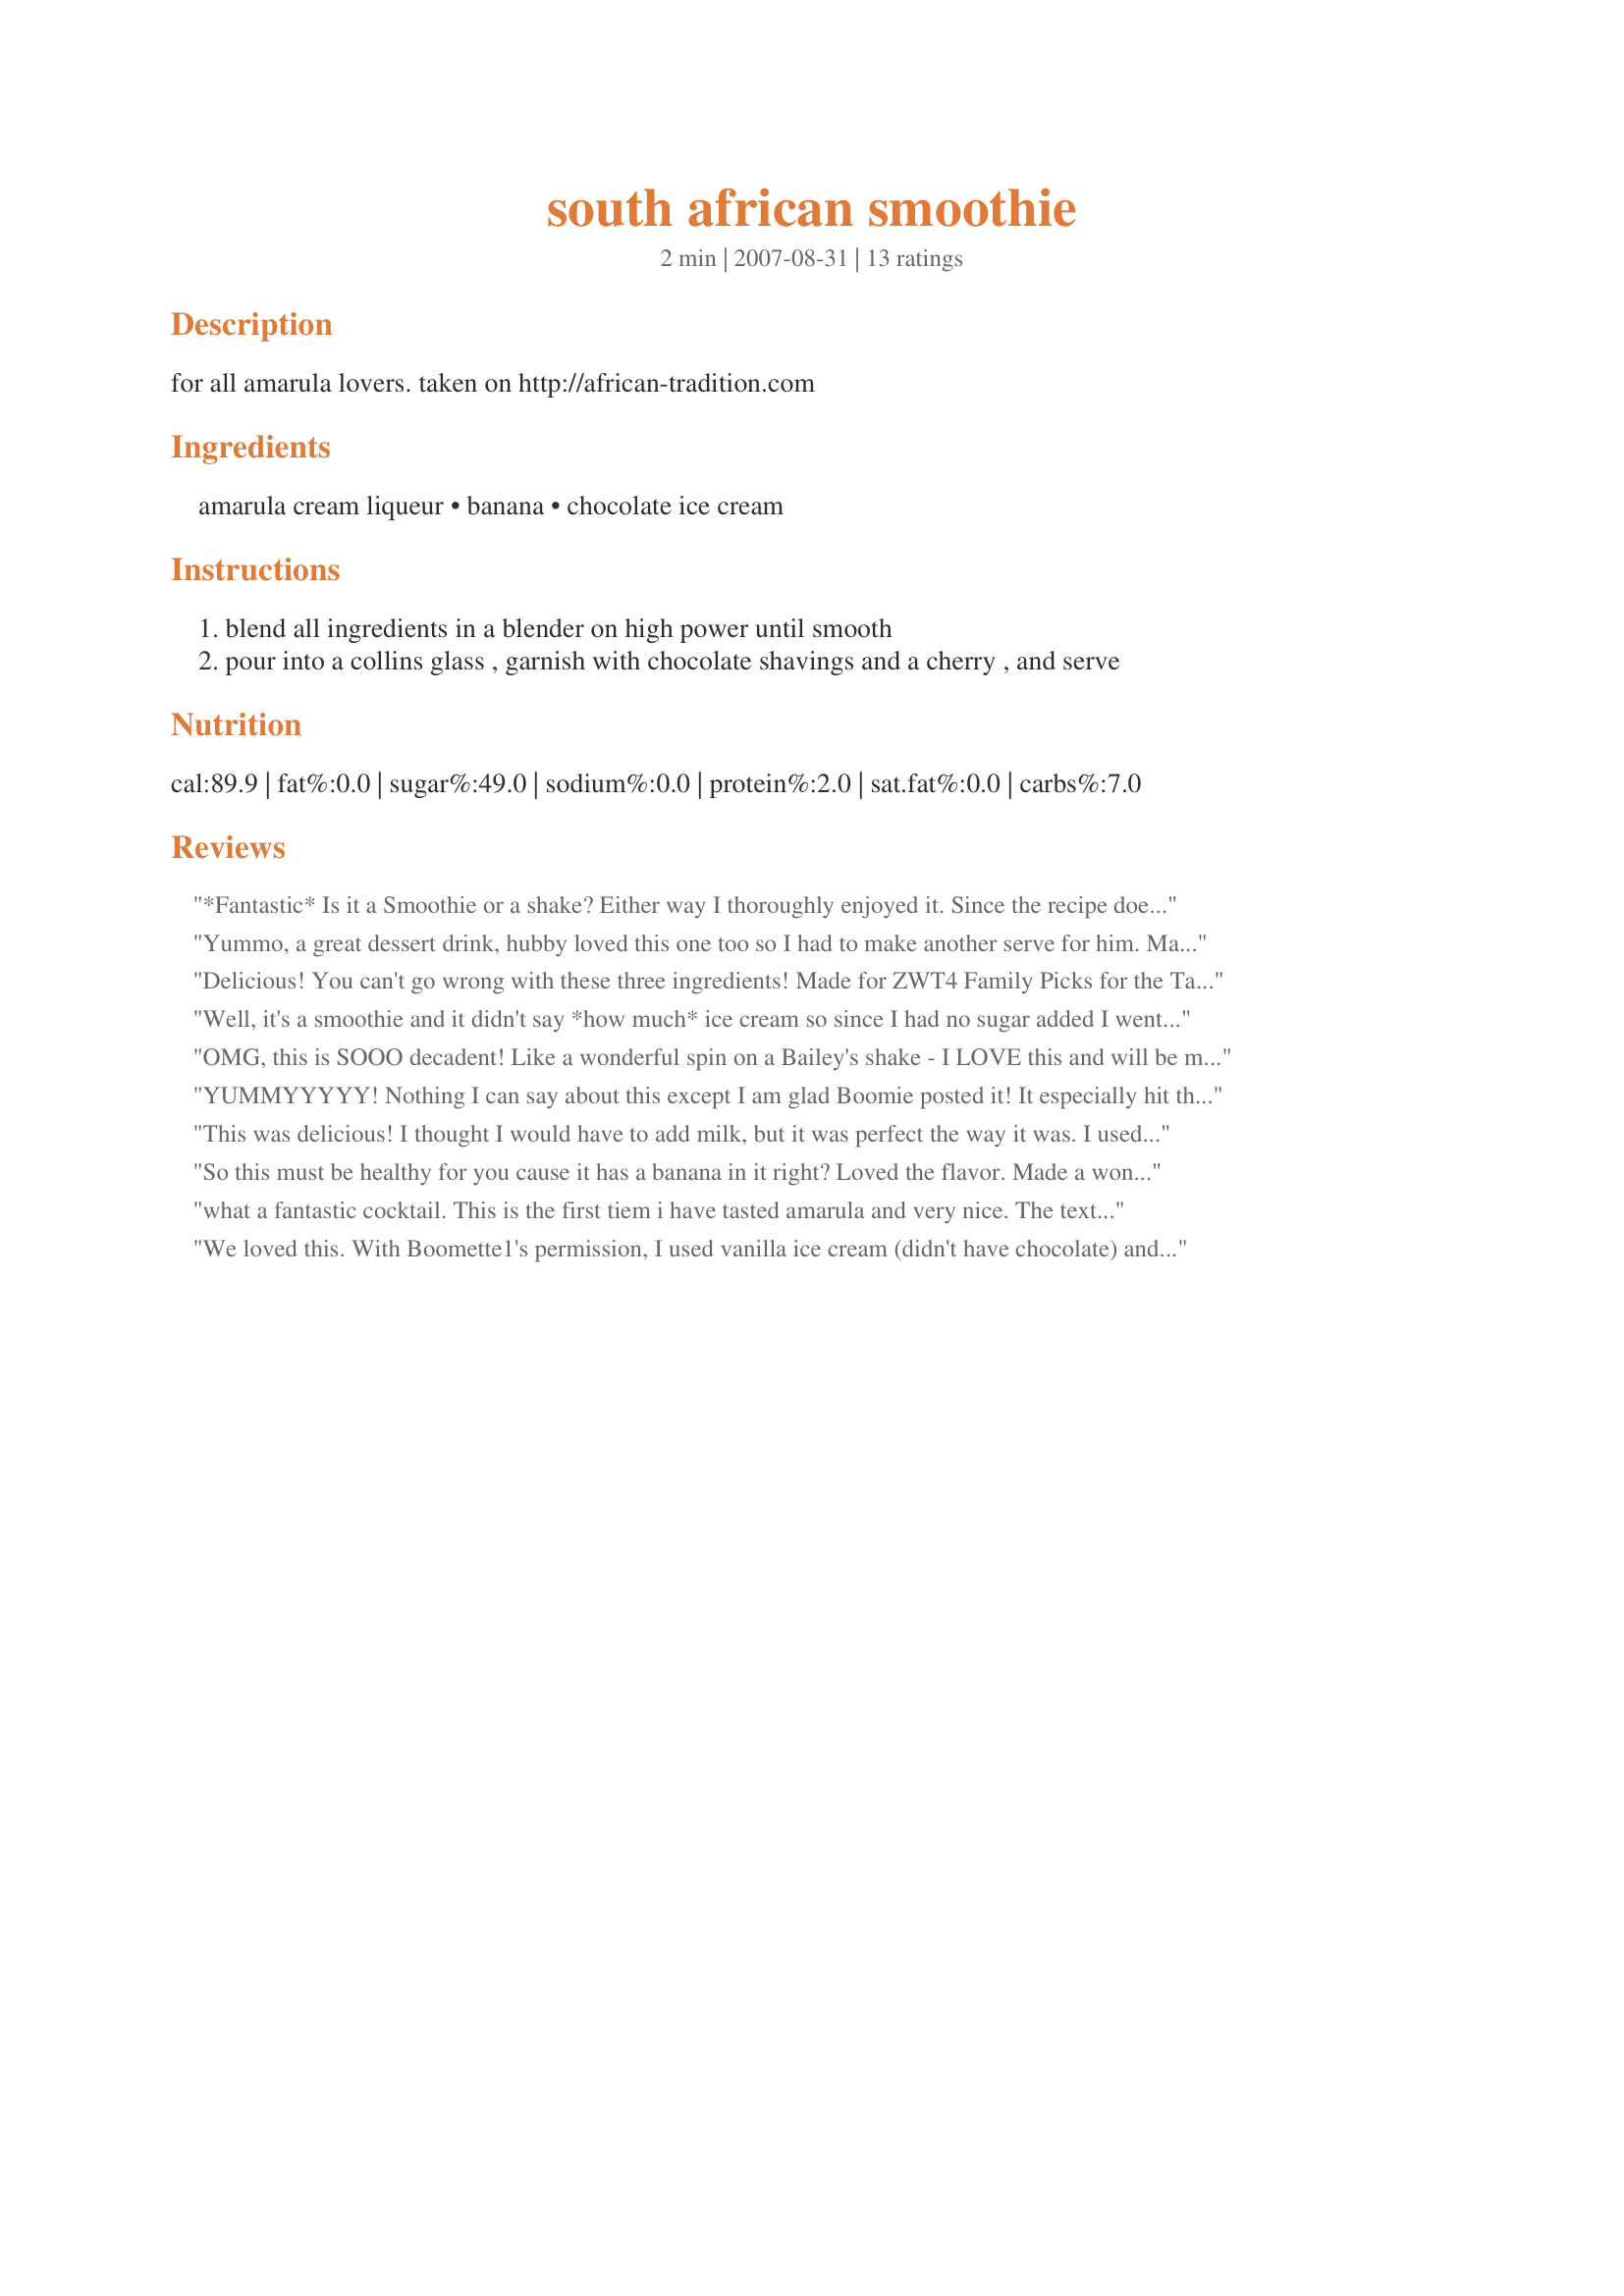
south african smoothie
Preparation time: 2 minutes

for all amarula lovers. taken on http://african-tradition.com

Ingredients:
amarula cream liqueur, banana, chocolate ice cream

Steps:
blend all ingredients in a blender on high power until smooth
pour into a collins glass , garnish with chocolate shavings and a cherry , and serve

Reviews:
*Fantastic* Is it a Smoothie or a shake? Either way I thoroughly enjoyed it. Since the recipe doesn't state how much ice cream.... I guess it's up to the person making it ;) Which is terrific. I used one scoop of a coffee ice cream infused with dark chocolate slivers and the flavors with the banana and Amrula... *Mmmmm* Nice for an afternooner! Thanks for Sharing Boomie! (Made for Bevy Tag 8/08) Cheers! ~V
Yummo, a great dessert drink, hubby loved this one too so I had to make another serve for him. Made for ZWT 4.
Delicious! You can't go wrong with these three ingredients! Made for ZWT4 Family Picks for the Tastebud Tickling Travellers.
Well, it's a smoothie and it didn't say *how much* ice cream so since I had no sugar added I went for it and made a big one :D!
Really delicious. Since I made a not dainty glassful I thought I'd be good and skip the garnish,LOL. Worth every one of the 5 stars.
OMG, this is SOOO decadent! Like a wonderful spin on a Bailey's shake - I LOVE this and will be making it AGAIN for sure!! Thanks for posting this one,Boomie!! **Beverage Tag 2007**
YUMMYYYYY! Nothing I can say about this except I am glad Boomie posted it! It especially hit the spot today, it was so hot and humid. Made for the Babes of ZWT4.
This was delicious! I thought I would have to add milk, but it was perfect the way it was. I used a generous scoop of ice-cream, mixed it with a stick blender, and skipped the garnish. Made for ZWT7 - Africa.
So this must be healthy for you cause it has a banana in it right? Loved the flavor. Made a wonderful dessert. Made for ZWT7.
what a fantastic cocktail. This is the first tiem i have tasted amarula and very nice. The texture of this is velevty and its so easy to drink. Made for April 08 Beverage Tag
We loved this. With Boomette1's permission, I used vanilla ice cream (didn't have chocolate) and it turned out great. Loved the addition of the banana. Thanks
Yum! What's not to like for this one? Thanks Boomette for a great drink that I will be serving to guests soon!
Nice refreshing smoothie for an afternoon brake. To fill my collins glass I needed about 4 scoops of ice cream. Thank you for posting. I made this for *Zaar World Tour 4* 2008 round 3 the *African Region* I'm playing on the team *Tastebud Tickling Travelers*
Thanks for sharing this lovely smoothie Boomie. I really enjoyed this treat, whats not to like, Amarula, ice cream and a banana. I was in tastebud heaven for awhile. This smoothie was indeed smooth and silky, rich, creamy and oh so flavorful. You could taste the amarula, the banana and of course the chocolate. Wonderful, simply wonderful.
